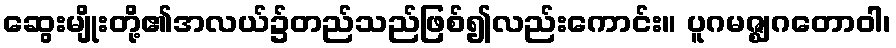
ဆွေးမျိုးတို့၏အလယ်၌တည်သည်ဖြစ်၍လည်းကောင်း။ ပူဂမဇ္ဈဂတောဝါ၊